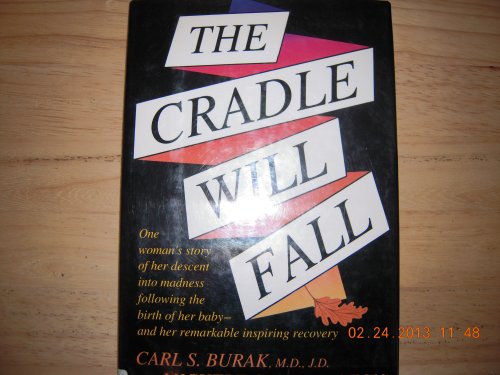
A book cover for The Cradle Will Fall; Carl Burak; Health, Fitness & Dieting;